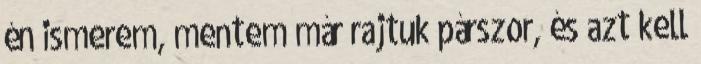
én ismerem, mentem már rajtuk párszor, és azt kell